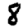
Digit: 8